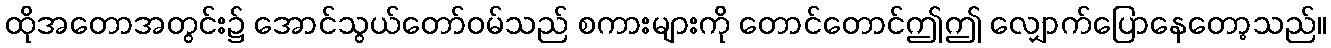
ထိုအတောအတွင်း၌ အောင်သွယ်တော်ဝမ်သည် စကားများကို တောင်တောင်ဤဤ လျှောက်ပြောနေတော့သည်။